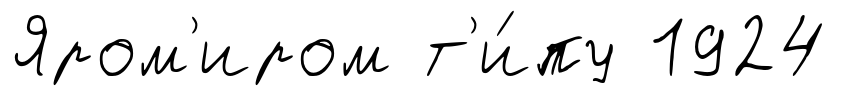
Яром'иром т'и́пу 1924